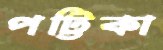
পট্টিকা